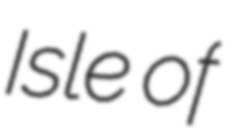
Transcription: Isle of